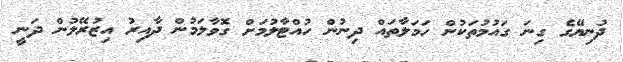
ދުނިޔޭގެ ގިނަ ގައުމުތަކުން ހަމަލާތައް ދިނުން ހުއްޓާލުމަށް ގޮވާލަމުން ދާއިރު އިޒުރޭލުން ދަނީ